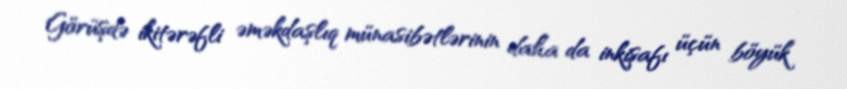
Görüşdə ikitərəfli əməkdaşlıq münasibətlərinin daha da inkişafı üçün böyük